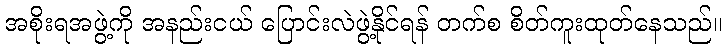
အစိုးရအဖွဲ့ကို အနည်းငယ် ပြောင်းလဲဖွဲ့နိုင်ရန် တက်စ စိတ်ကူးထုတ်နေသည်။